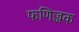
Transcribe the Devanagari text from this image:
फणिज्जक